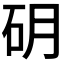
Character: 𱳮